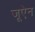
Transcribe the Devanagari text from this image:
जूऐन